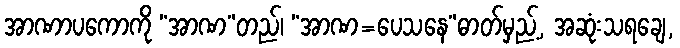
အာဏာပကောကို “အာဏ”တည်၊ “အာဏ=ပေသနေ”ဓာတ်မှည့်, အဆုံးသရချေ,